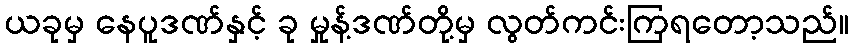
ယခုမှ နေပူဒဏ်နှင့် ခု မှုန့်ဒဏ်တို့မှ လွတ်ကင်းကြရတော့သည်။